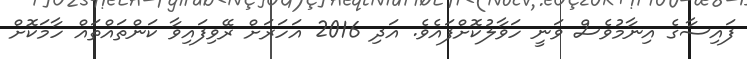
ފައިސާގެ އިނާމުވެސް ވަނީ ހަވާލުކޮށްފައެވެ. އަދި 2016 އަހަރަށް ރޭވިފައިވާ ކަންތައްތައް ހާމަކޮށް